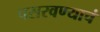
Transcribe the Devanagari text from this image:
पसरवण्याचं